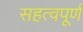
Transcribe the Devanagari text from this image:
सहत्वपूर्ण